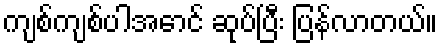
ကျစ်ကျစ်ပါအောင် ဆုပ်ပြီး ပြန်လာတယ်။